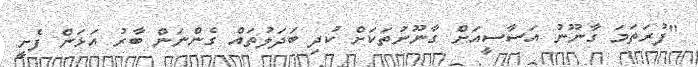
"ފުރަތަމަ ގާނޫނު އަސާސީއަށް ގާނޫނުތަކަށް ކުދި ބަދަލުތައް ގެންނަން ބާރު އަޅަން ފެށީ